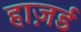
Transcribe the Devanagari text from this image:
हाज़र्ड